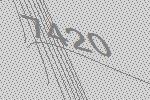
7420